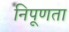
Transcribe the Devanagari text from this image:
निपूणता